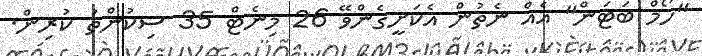
"ހޯމް ބަޓަން" އެއް ނެތުން އެކަށީގެންވޭ 26 މިނެޓް 35 ސިކުންތު ކުރިން.